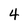
Character: 4